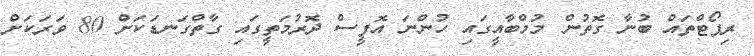
ރިޕޯޓްތައް ބުނާ ގޮތުން މުމްބާއީގައި ހުންނަ އޮފީސް ދޮރުމަތީގައި ގާތްގަނޑަކަށް 80 ވަރަކަށް